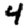
Digit: 4